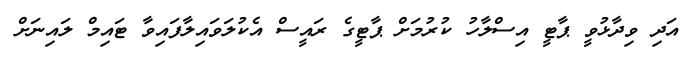
އަދި ވިދާޅުވީ ޕާޓީ އިސްލާހު ކުރުމަށް ޕާޓީގެ ރައީސް އެކުލަވައިލާފައިވާ ޓައިމް ލައިނަށް